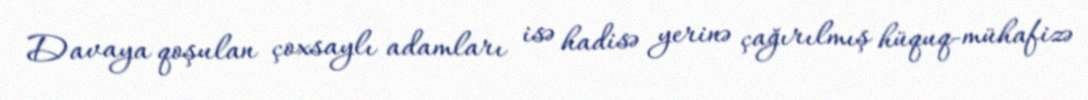
Davaya qoşulan çoxsaylı adamları isə hadisə yerinə çağırılmış hüquq-mühafizə